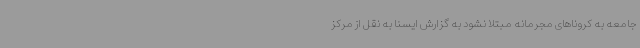
جامعه به کروناهای مجرمانه مبتلا نشود به گزارش ایسنا به نقل از مرکز